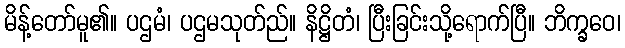
မိန့်တော်မူ၏။ ပဌမံ၊ ပဌမသုတ်ည်။ နိဋ္ဌိတံ၊ ပြီးခြင်းသို့ရောက်ပြီ။ ဘိက္ခဝေ၊